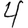
Digit: 4